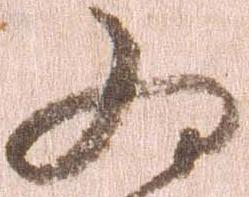
為